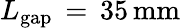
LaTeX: L_{\mathrm{{gap}}}\, =\, 35\, \mathrm{{mm}}